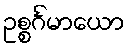
ဥစ္စင်္ဂမာယော